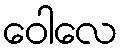
ဝေါလေ